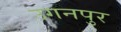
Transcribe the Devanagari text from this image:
उगनपुर